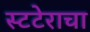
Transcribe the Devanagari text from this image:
स्टटेराचा